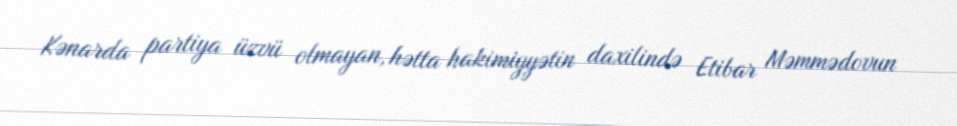
Kənarda partiya üzvü olmayan, hətta hakimiyyətin daxilində Etibar Məmmədovun